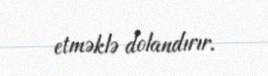
etməklə dolandırır.